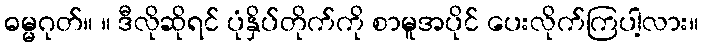
ဓမ္မဂုတ်။ ။ ဒီလိုဆိုရင် ပုံနှိပ်တိုက်ကို စာမူအပိုင် ပေးလိုက်ကြပါ့လား။